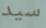
سيد